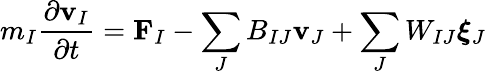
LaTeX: m_{I}\frac{\partial\mathbf{v}_{I}}{\partial t}=\mathbf{F}_{I}-\sum_{J}B_{IJ}\mathbf{v}_{J}+\sum_{J}W_{IJ}\boldsymbol\xi_{J}